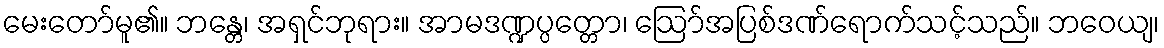
မေးတော်မူ၏။ ဘန္တေ၊ အရှင်ဘုရား။ အာမဒဏ္ဍပ္ပတ္တော၊ ဩော်အပြစ်ဒဏ်ရောက်သင့်သည်။ ဘဝေယျ၊